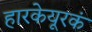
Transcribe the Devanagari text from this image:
हारकेयूरकं